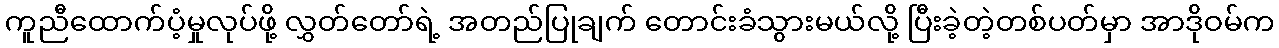
ကူညီထောက်ပံ့မှုလုပ်ဖို့ လွှတ်တော်ရဲ့ အတည်ပြုချက် တောင်းခံသွားမယ်လို့ ပြီးခဲ့တဲ့တစ်ပတ်မှာ အာဒိုဝမ်က